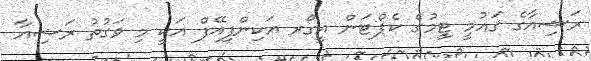
ރަޝިއާގެ ޤައުމީ ޓީމުގެ ކެޕްޓަން އީގޯރ އަކިންފިއޭފް އަކީ މި ވަގުތު ރަޝިއާ